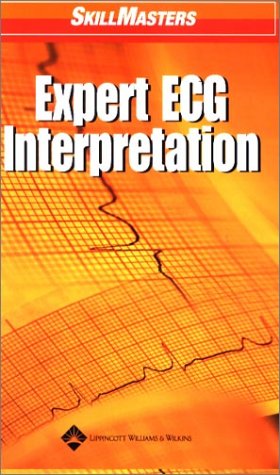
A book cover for SkillMasters: Expert ECG Interpretation; Springhouse; Medical Books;